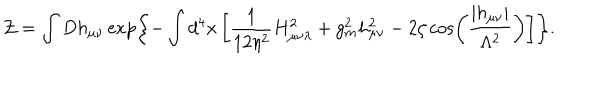
LaTeX: { \cal Z } = \int D h _ { \mu \nu } \exp \left\{ - \int d ^ { 4 } x \left[ \frac { 1 } { 1 2 \eta ^ { 2 } } H _ { \mu \nu \lambda } ^ { 2 } + g _ { m } ^ { 2 } h _ { \mu \nu } ^ { 2 } - 2 \zeta \cos \left( \frac { \left| h _ { \mu \nu } \right| } { \Lambda ^ { 2 } } \right) \right] \right\} .